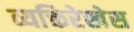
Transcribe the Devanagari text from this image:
व्यक्तिरेखेस